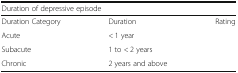
<table><thead><tr><td colspan="3"><b>Duration of depressive episode</b></td></tr></thead><tbody><tr><td>Duration Category</td><td>Duration</td><td>Rating</td></tr><tr><td>Acute</td><td>&lt; 1 year</td><td></td></tr><tr><td>Subacute</td><td>1 to &lt; 2 years</td><td></td></tr><tr><td>Chronic</td><td>2 years and above</td><td></td></tr></tbody></table>